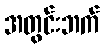
အတွင်းဘက်